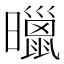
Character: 𣋲